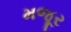
મજૂર